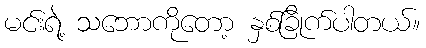
မင်းရဲ့ သဘောကိုတော့ နှစ်ခြိုက်ပါတယ်။